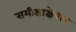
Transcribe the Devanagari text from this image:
समीक्षाक्षेत्रात